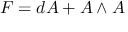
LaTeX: F = d A + A \wedge A